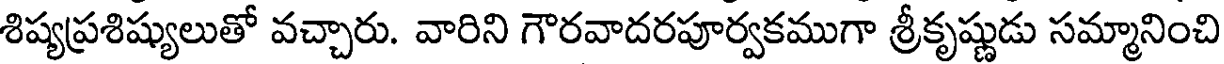
శిష్యప్రశిష్యులుతో వచ్చారు. వారిని గౌరవాదరపూర్వకముగా శ్రీకృష్ణుడు సమ్మానించి